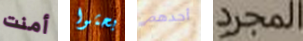
أمنت بحثوا أجدهم المجرد